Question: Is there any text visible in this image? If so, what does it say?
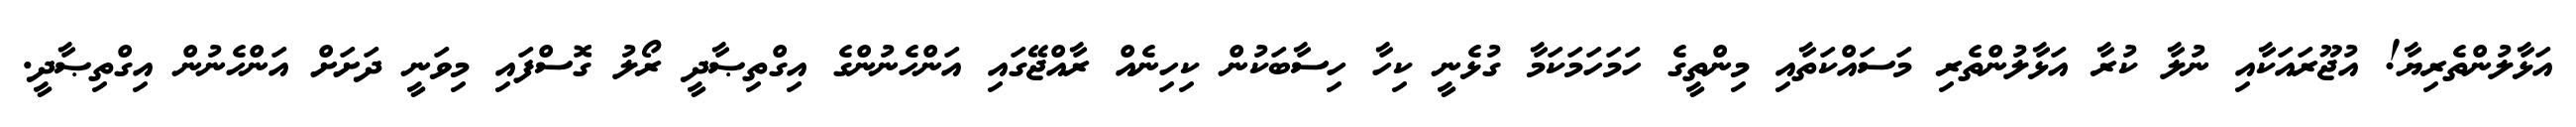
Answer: އަޅާލުންތެރިޔާ! އުޖޫރައަކާއި ނުލާ ކުރާ އަޅާލުންތެރި މަސައްކަތާއި މިންތީގެ ހަމަހަމަކަމާ ގުޅެނީ ކިހާ ހިސާބަކުން ކިހިނެއް ރާއްޖޭގައި އަންހެނުންގެ އިގްތިޞާދީ ރޯލު ގޮސްފައި މިވަނީ ދަށަށް އަންހެނުން އިގްތިޞާދީ.